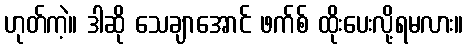
ဟုတ်ကဲ့။ ဒါဆို သေချာအောင် ဖက်စ် ထိုးပေးလို့ရမလား။